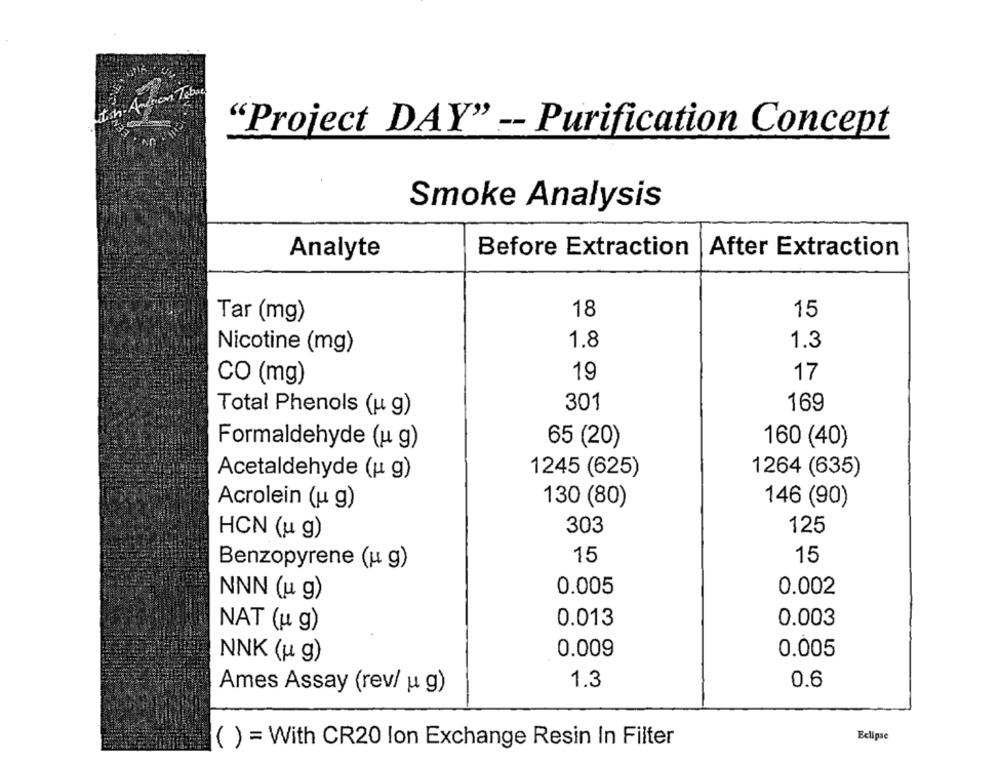
"Project DAY" -- Purification Concept
Smoke Analysis
Before Extraction
After Extraction
Analyte
18
15
Tar (mg)
1.8
Nicotine (mg)
1.3
17
CO (mg)
19
Total Phenols (u g)
301
169
65 (20)
160 (40)
Formaldehyde (u g)
1245 (625)
1264 (635)
Acetaldehyde (u g)
Acrolein (u g)
130 (80)
146 (90)
HCN (u g)
303
125
15
Benzopyrene (u g)
15
NNN (u g)
0.005
0.002
0.013
0.003
NAT (u g)
0.009
0.005
NNK (u g)
1.3
0.6
Ames Assay (rev/ u g)
Eclipse
( ) = With CR20 lon Exchange Resin In Filter